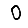
Digit: 0